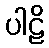
ပါဠိ